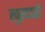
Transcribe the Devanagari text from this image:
खुरदारों